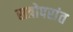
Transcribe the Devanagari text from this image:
सत्रोपरांत